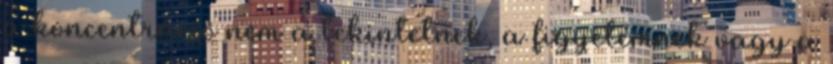
a koncentráció nem a tekintetnek, a figyelemnek vagy a